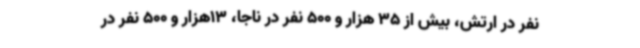
نفر در ارتش، بیش از 35 هزار و 500 نفر در ناجا، 13هزار و 500 نفر در